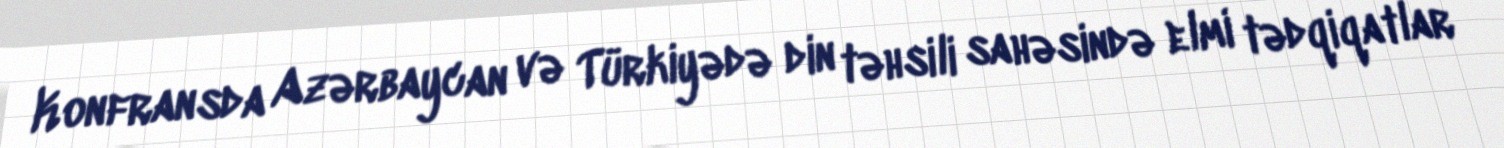
Konfransda Azərbaycan və Türkiyədə din təhsili sahəsində elmi tədqiqatlar